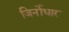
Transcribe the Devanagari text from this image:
जिर्नोधार